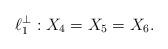
LaTeX: \begin{align*}& \ell_1^\perp : X_4 = X_5 = X_6.\end{align*}